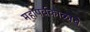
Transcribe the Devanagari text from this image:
महापर्वकाळाचे